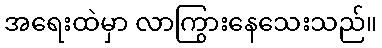
အရေးထဲမှာ လာကြွားနေသေးသည်။